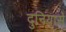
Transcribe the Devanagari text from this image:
दुनियासे